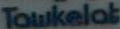
Toukelot